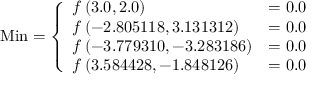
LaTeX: { \mathrm { M i n } } = { \left\{ \begin{array} { l l } { f \left( 3 . 0 , 2 . 0 \right) } & { = 0 . 0 } \\ { f \left( - 2 . 8 0 5 1 1 8 , 3 . 1 3 1 3 1 2 \right) } & { = 0 . 0 } \\ { f \left( - 3 . 7 7 9 3 1 0 , - 3 . 2 8 3 1 8 6 \right) } & { = 0 . 0 } \\ { f \left( 3 . 5 8 4 4 2 8 , - 1 . 8 4 8 1 2 6 \right) } & { = 0 . 0 } \end{array} \right. }